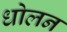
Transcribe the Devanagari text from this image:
धोलन